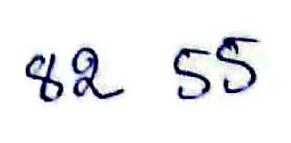
82  55